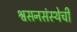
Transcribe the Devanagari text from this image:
श्वसनसंस्थेची